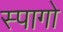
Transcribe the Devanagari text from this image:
स्पागो